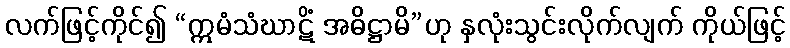
လက်ဖြင့်ကိုင်၍ “ဣမံသံဃာဋိံ အဓိဋ္ဌာမိ”ဟု နှလုံးသွင်းလိုက်လျက် ကိုယ်ဖြင့်